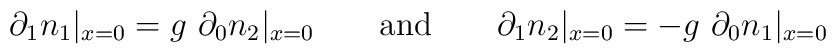
\partial_1 n_1|_{x=0} =  g \,\, \partial_0 n_2 |_{x=0} \qquad {\rm{and}} \qquad\partial_1 n_2|_{x=0} = -g \,\, \partial_0 n_1 |_{x=0}